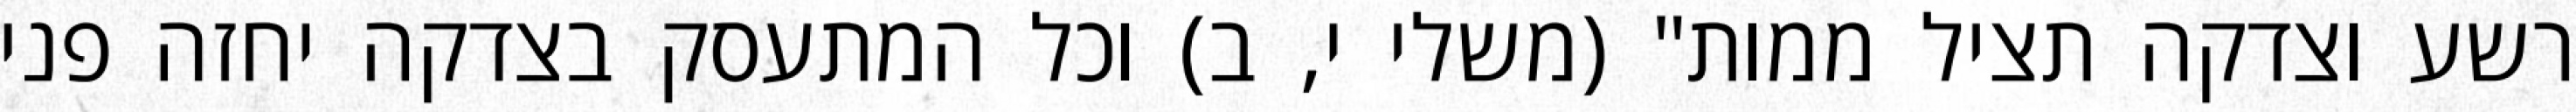
רשע וצדקה תציל ממות" (משלי י, ב) וכל המתעסק בצדקה יחזה פני